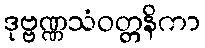
ဒုဗ္ဗဏ္ဏသံဝတ္တနိကာ